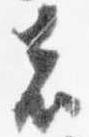
者